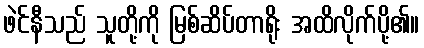
ဖဲင်နီသည် သူတို့ကို မြစ်ဆိပ်တာရိုး အထိလိုက်ပို့၏။